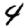
Digit: 4